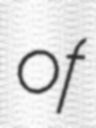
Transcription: of